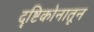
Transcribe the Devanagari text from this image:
दॄष्टिकोनातून